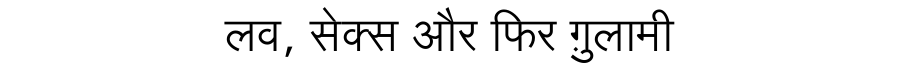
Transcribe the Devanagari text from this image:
लव, सेक्स और फिर ग़ुलामी